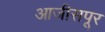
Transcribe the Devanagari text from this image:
आजीसपूर